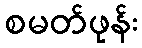
စမတ်ဖုန်း